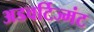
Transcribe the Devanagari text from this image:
अडवर्टिज्मंट